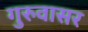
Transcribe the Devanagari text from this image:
गुरुवासर